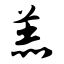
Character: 羔